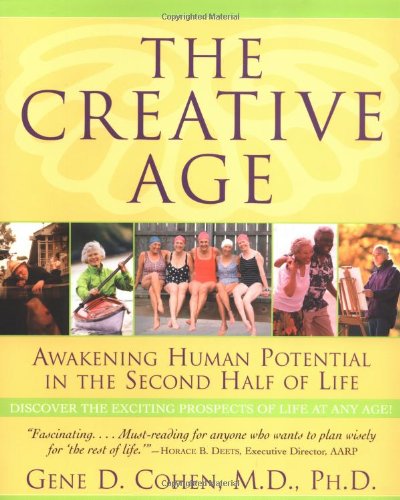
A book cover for The Creative Age: Awakening Human Potential in the Second Half of Life; Gene D., MD, PhD. Cohen; Self-Help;